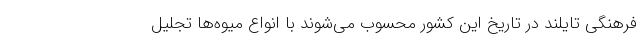
فرهنگی تایلند در تاریخ این کشور محسوب می‌شوند با انواع میوه‌ها تجلیل